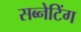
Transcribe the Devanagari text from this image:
सब्नेटिंग